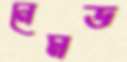
নেমড